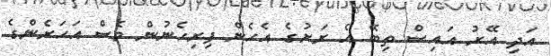
އަދި އޭރު އައިސް ތިބޭ އެ ރަށުގެ އެހެން ފިރިހެނުން ވެސް އަހަރެންގެ